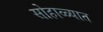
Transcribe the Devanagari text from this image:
सोहाळ्यात